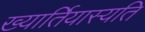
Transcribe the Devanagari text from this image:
ख्यार्तियास्यति